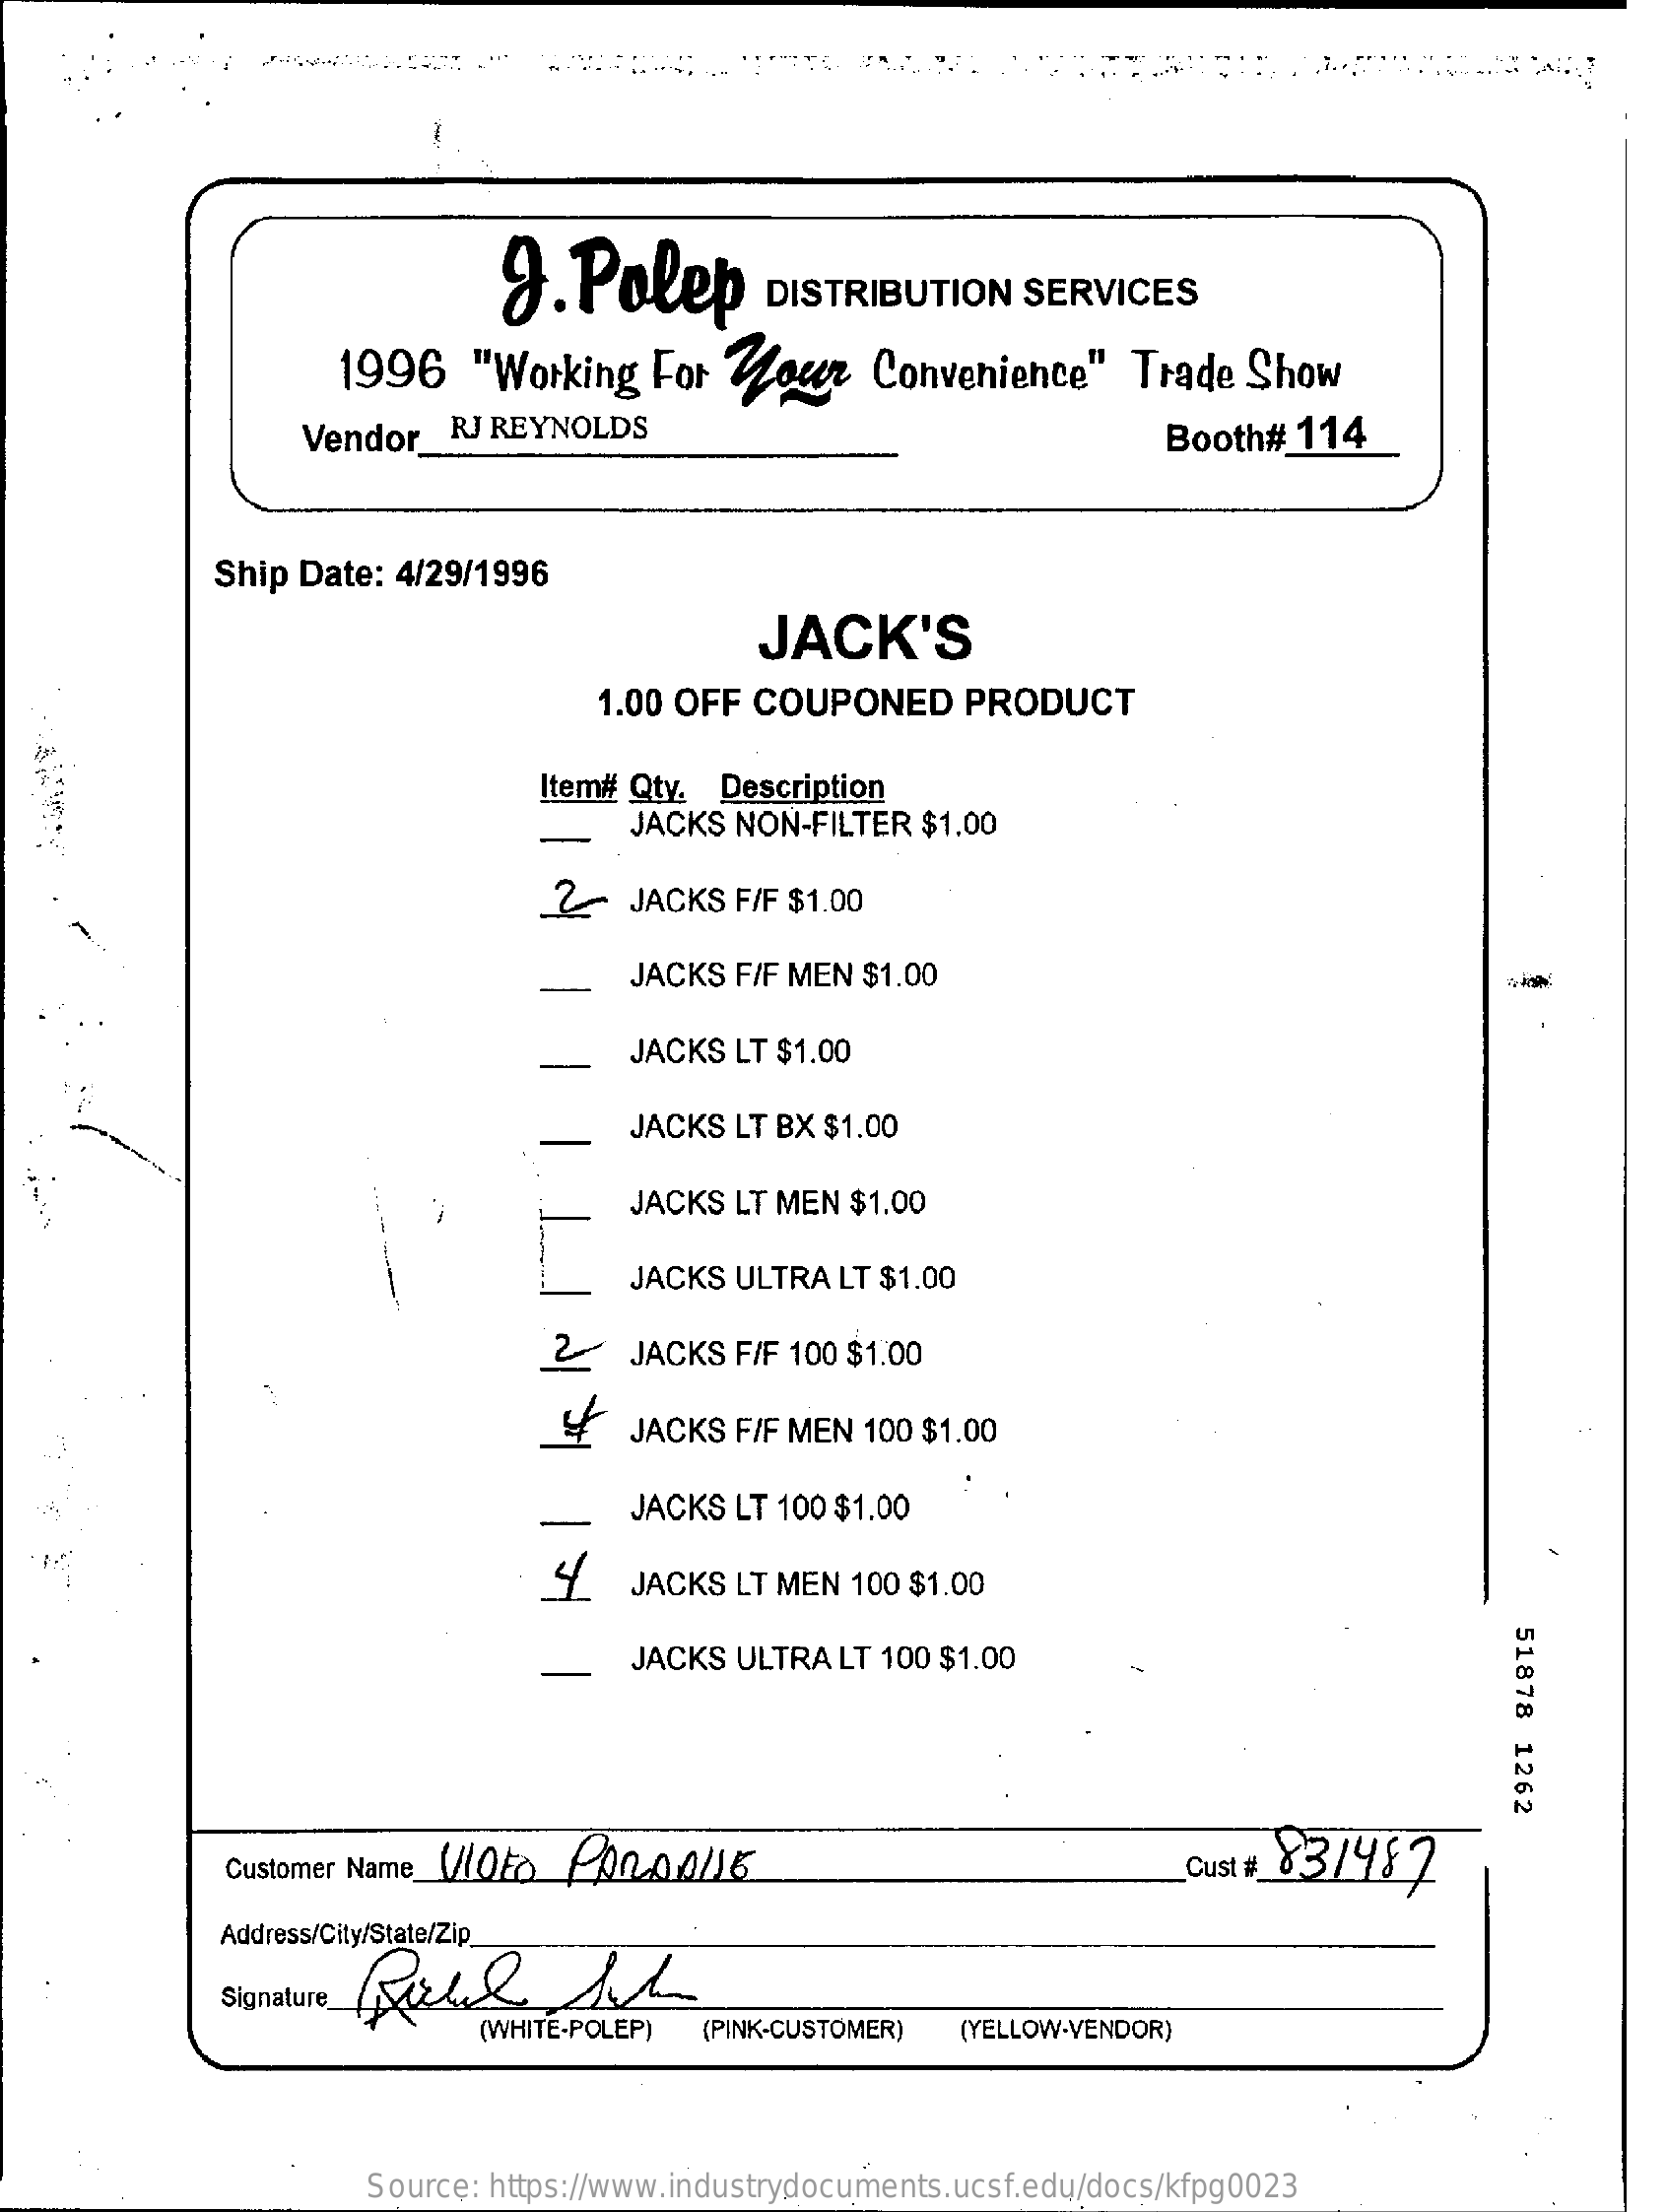
9.  Polep    DISTRIBUTION    SERVICES
     1996    "Working   For  Your    Convenience"    Trade  Show
     Vendor_   RJ REYNOLDS    Booth#   114
     Ship Date: 4/29/1996
     JACK'S
     1.00 OFF  COUPONED    PRODUCT
     Item# Qty. Description
     JACKS  NON-FILTER $1.00
     2-   JACKS  F/F $1.00
     JACKS F/F MEN $1.00
     JACKS  LT $1.00
     JACKS  LT BX $1.00
     JACKS  LT MEN $1.00
     JACKS  ULTRA LT $1.00
     2    JACKS  F/F 100 $1.00
     JACKS  F/F MEN 100 $1.00
     JACKS  LT 100 $1.00
     4
     JACKS  LT MEN 100 $1.00
     51878
     1262
     -    JACKS  ULTRA LT 100 $1.00
     Customer Name_(Qto   Con00/16    Cust # 83/482
     Address/City/State/Zip_
     Signature
     (WHITE-POLEP) (PINK-CUSTOMER) (YELLOW-VENDOR)
     Source: https://www.industrydocuments.ucsf.edu/docs/kfpg0023